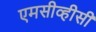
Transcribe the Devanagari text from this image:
एमसीव्हीसी